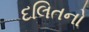
દલિતનો